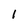
Character: 1